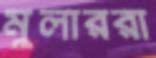
মুলাররা